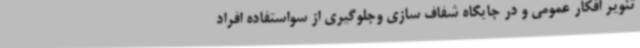
تنویر افکار عمومی و در جایگاه شفاف سازی وجلوگیری از سواستفاده افراد